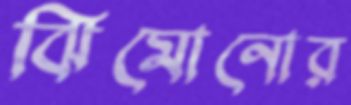
ঝিমোনোর